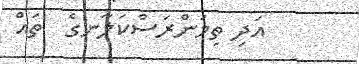
އަދި ތިމަންރަސްކަލާނގެ  ތައް